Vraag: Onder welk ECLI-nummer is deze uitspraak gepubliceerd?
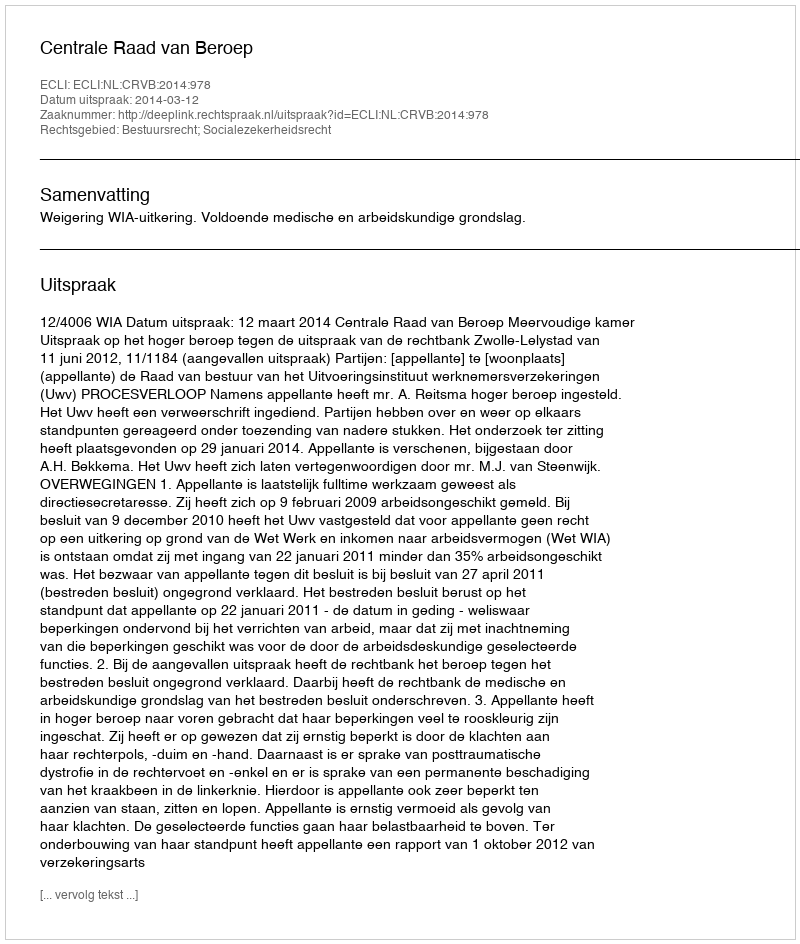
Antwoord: ECLI:NL:CRVB:2014:978